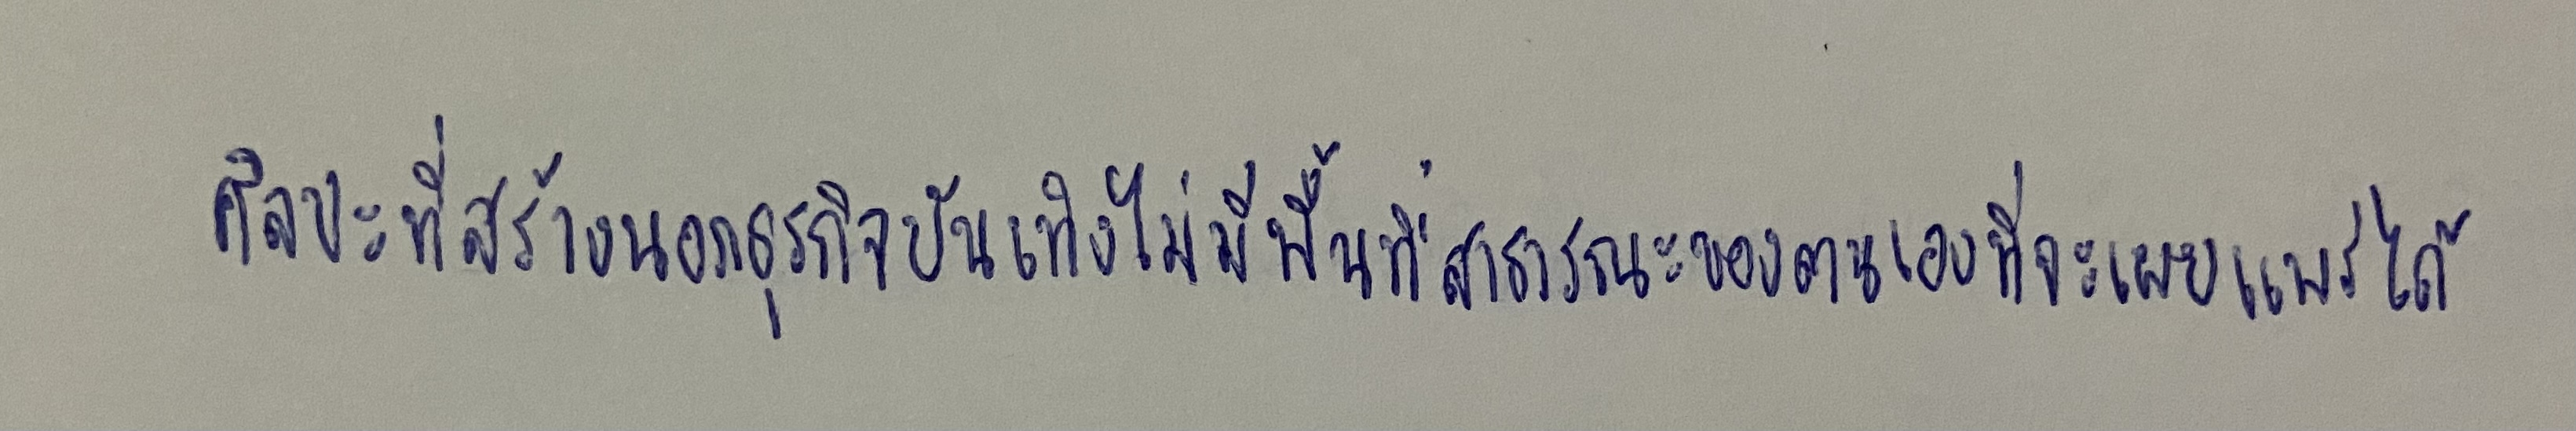
ศิลปะที่สร้างนอกธุรกิจบันเทิงไม่มีพื้นที่สาธารณะของตนเองที่จะเผยแพร่ได้